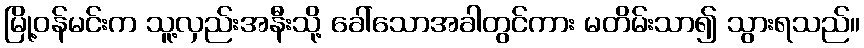
မြို့ဝန်မင်းက သူ့လှည်းအနီးသို့ ခေါ်သောအခါတွင်ကား မတိမ်းသာ၍ သွားရသည်။